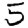
Digit: 5